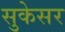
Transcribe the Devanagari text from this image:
सुकेसर